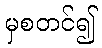
မှစတင်၍